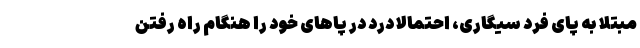
مبتلا به پای فرد سیگاری، احتمالا درد در پاهای خود را هنگام راه رفتن